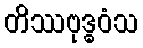
တိဿဗုဒ္ဓဝံသ